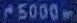
5000